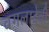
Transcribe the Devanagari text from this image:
वगलादेवी